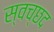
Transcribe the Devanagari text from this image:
स्वच्छद